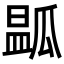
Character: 㼔